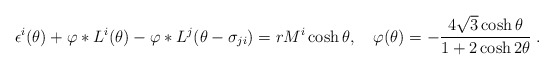
\begin{align*}\epsilon ^{i}(\theta )+\varphi *L^{i}(\theta )-\varphi *L^{j}(\theta -\sigma_{ji})=rM^{i}\cosh \theta ,\quad \varphi (\theta )=-\frac{4\sqrt{3}\cosh\theta }{1+2\cosh 2\theta }\;.\end{align*}